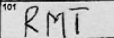
Transcription: RMT